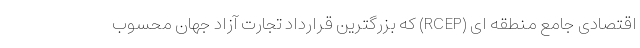
اقتصادی جامع منطقه ای (RCEP) که بزرگترین قرارداد تجارت آزاد جهان محسوب